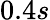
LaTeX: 0.4s